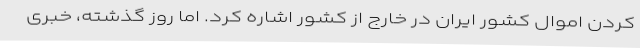
کردن اموال کشور ایران در خارج از کشور اشاره کرد. اما روز گذشته، خبری